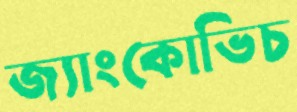
জ্যাংকোভিচ